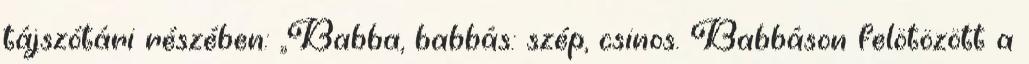
tájszótári részében: ,,Babba, babbás: szép, csinos. Babbáson felötözött a